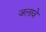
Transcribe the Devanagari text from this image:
जलावे